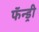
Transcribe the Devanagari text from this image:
फॅन्ड्री